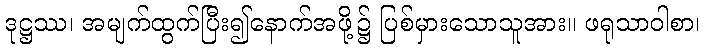
ဒုဋ္ဌဿ၊ အမျက်ထွက်ပြီး၍နောက်အဖို့၌ ပြစ်မှားသောသူအား။ ဖရုသာဝါစာ၊